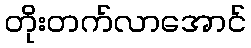
တိုးတက်လာအောင်